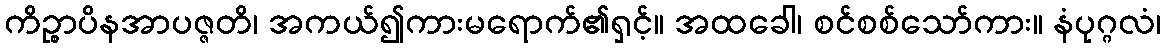
ကိဉ္စာပိနအာပဇ္ဇတိ၊ အကယ်၍ကားမရောက်၏ရှင့်။ အထခေါ၊ စင်စစ်သော်ကား။ နံပုဂ္ဂလံ၊